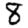
Digit: 8